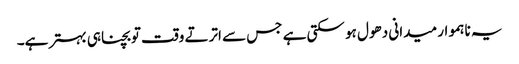
یہ ناہموار میدانی دھول ہو سکتی ہے جس سے اترتے وقت تو بچنا ہی بہتر ہے۔